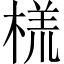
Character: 𬃑